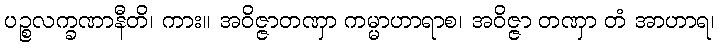
ပဉ္စလက္ခဏာနီတိ၊ ကား။ အဝိဇ္ဇာတဏှာ ကမ္မာဟာရာစ၊ အဝိဇ္ဇာ တဏှာ တံ အာဟာရ၊